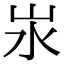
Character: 汖